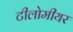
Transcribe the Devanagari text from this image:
टीलोमीयर